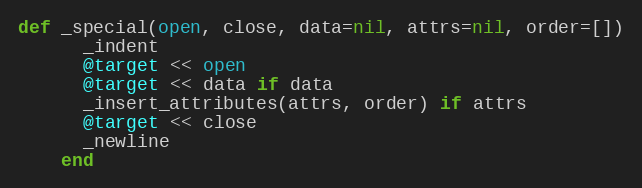
Language: Ruby
def _special(open, close, data=nil, attrs=nil, order=[])
      _indent
      @target << open
      @target << data if data
      _insert_attributes(attrs, order) if attrs
      @target << close
      _newline
    end